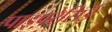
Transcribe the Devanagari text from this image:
पाइपरेसिई